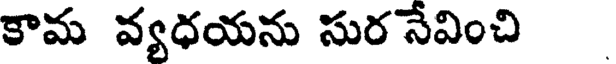
కామ వ్యధయను సుర నేవించి